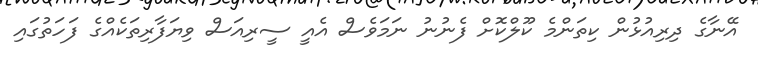
އޭނާގެ ދިރިއުޅުން ކިތަންމެ ކޫލްކޮށް ފެނުނު ނަމަވެސް އެއީ ސީރިއަސް ވިޔަފާރިތަކެއްގެ ފަހަތުގައި